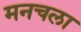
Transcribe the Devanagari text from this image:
मनचला